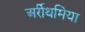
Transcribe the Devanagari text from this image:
अर्रीथमिया